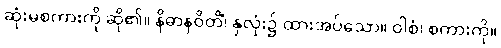
ဆုံးမစကားကို ဆို၏။ နိဓာနဝိတိံ၊ နှလုံး၌ ထားအပ်သော။ ဝါစံ၊ စကားကို။